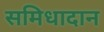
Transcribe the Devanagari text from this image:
समिधादान